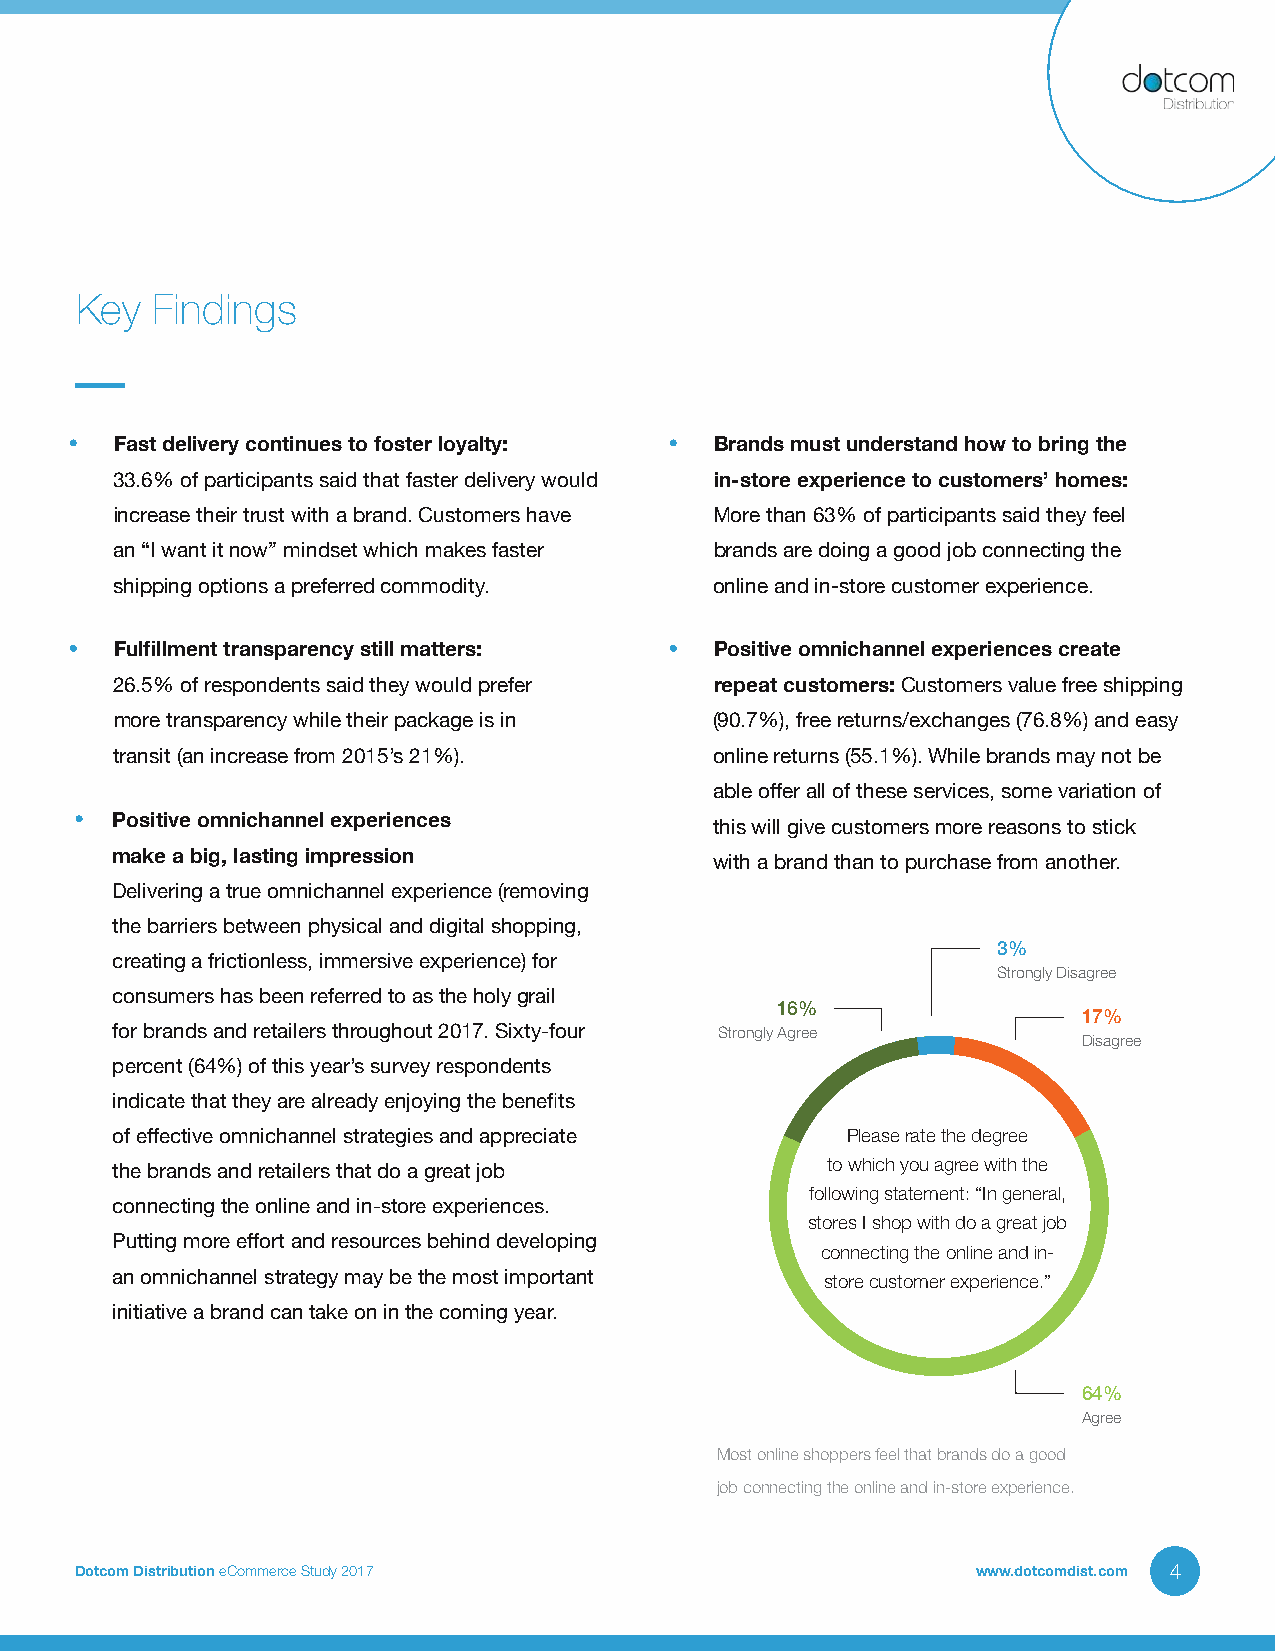
Key  Findings
 •  Fast delivery continues to foster loyalty: • Brands must understand how to bring the
 33.6% of participants said that faster delivery would in-store experience to customers’ homes:
 increase their trust with a brand. Customers have More than 63% of participants said they feel
 an “I want it now” mindset which makes faster brands are doing a good job connecting the
 shipping options a preferred commodity. online and in-store customer experience.
 •  Fulfillment transparency still matters: • Positive omnichannel experiences create
 26.5% of respondents said they would prefer repeat customers: Customers value free shipping
 more transparency while their package is in (90.7%), free returns/exchanges (76.8%) and easy
 transit (an increase from 2015’s 21%). online returns (55.1%). While brands may not be
 able offer all of these services, some variation of
 • Positive omnichannel experiences        this will give customers more reasons to stick
 make a big, lasting impression          with a brand than to purchase from another.
 Delivering a true omnichannel experience (removing
 the barriers between physical and digital shopping,
 3%
 creating a frictionless, immersive experience) for
 Strongly Disagree
 consumers has been referred to as the holy grail
 16%
 17%
 for brands and retailers throughout 2017. Sixty-four Strongly Agree
 Disagree
 percent (64%) of this year’s survey respondents
 indicate that they are already enjoying the benefits
 of effective omnichannel strategies and appreciate Please rate the degree
 the brands and retailers that do a great job    to which you agree with the
 following statement: “In general,
 connecting the online and in-store experiences.
 stores I shop with do a great job
 Putting more effort and resources behind developing connecting the online and in-
 an omnichannel strategy may be the most important store customer experience.”
 initiative a brand can take on in the coming year.
 64%
 Agree
 Most online shoppers feel that brands do a good
 job connecting the online and in-store experience.
 Dotcom Distribution eCommerce Study 2017                    www.dotcomdist.com 4